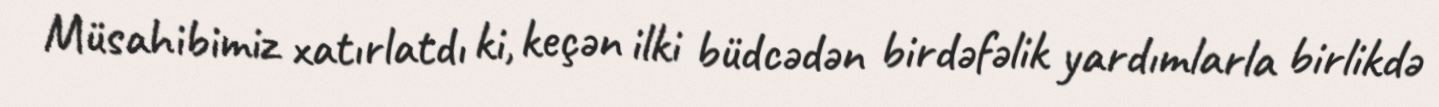
Müsahibimiz xatırlatdı ki, keçən ilki büdcədən birdəfəlik yardımlarla birlikdə